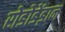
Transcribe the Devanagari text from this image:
रोडोडेंड्रान